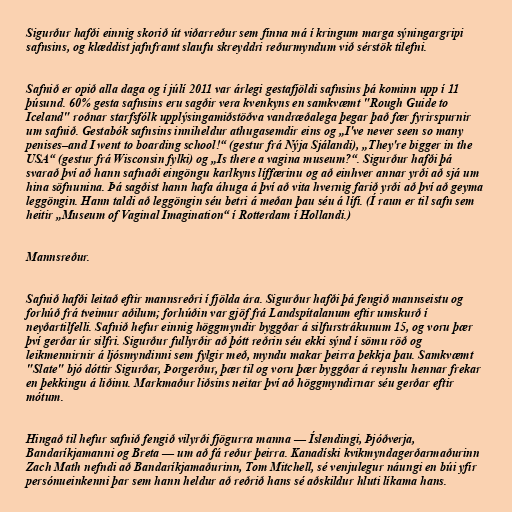
Sigurður hafði einnig skorið út viðarreður sem finna má í kringum marga sýningargripi
safnsins, og klæddist jafnframt slaufu skreyddri reðurmyndum við sérstök tilefni.

Safnið er opið alla daga og í júlí 2011 var árlegi gestafjöldi safnsins þá kominn upp í 11
þúsund. 60% gesta safnsins eru sagðir vera kvenkyns en samkvæmt "Rough Guide to
Iceland" roðnar starfsfólk upplýsingamiðstöðva vandræðalega þegar það fær fyrirspurnir
um safnið. Gestabók safnsins inniheldur athugasemdir eins og „I've never seen so many
penises–and I went to boarding school!“ (gestur frá Nýja Sjálandi), „They're bigger in the
USA“ (gestur frá Wisconsin fylki) og „Is there a vagina museum?“. Sigurður hafði þá
svarað því að hann safnaði eingöngu karlkyns líffærinu og að einhver annar yrði að sjá um
hina söfnunina. Þá sagðist hann hafa áhuga á því að vita hvernig farið yrði að því að geyma
leggöngin. Hann taldi að leggöngin séu betri á meðan þau séu á lífi. (Í raun er til safn sem
heitir „Museum of Vaginal Imagination“ í Rotterdam í Hollandi.)

Mannsreður.

Safnið hafði leitað eftir mannsreðri í fjölda ára. Sigurður hafði þá fengið mannseistu og
forhúð frá tveimur aðilum; forhúðin var gjöf frá Landspítalanum eftir umskurð í
neyðartilfelli. Safnið hefur einnig höggmyndir byggðar á silfurstrákunum 15, og voru þær
því gerðar úr silfri. Sigurður fullyrðir að þótt reðrin séu ekki sýnd í sömu röð og
leikmennirnir á ljósmyndinni sem fylgir með, myndu makar þeirra þekkja þau. Samkvæmt
"Slate" bjó dóttir Sigurðar, Þorgerður, þær til og voru þær byggðar á reynslu hennar frekar
en þekkingu á liðinu. Markmaður liðsins neitar því að höggmyndirnar séu gerðar eftir
mótum.

Hingað til hefur safnið fengið vilyrði fjögurra manna — Íslendingi, Þjóðverja,
Bandaríkjamanni og Breta — um að fá reður þeirra. Kanadíski kvikmyndagerðarmaðurinn
Zach Math nefndi að Bandaríkjamaðurinn, Tom Mitchell, sé venjulegur náungi en búi yfir
persónueinkenni þar sem hann heldur að reðrið hans sé aðskildur hluti líkama hans.